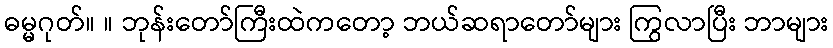
ဓမ္မဂုတ်။ ။ ဘုန်းတော်ကြီးထဲကတော့ ဘယ်ဆရာတော်များ ကြွလာပြီး ဘာများ